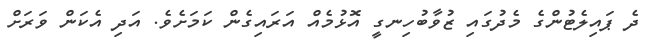
ދެ ޕައިލެޓުންގެ މެދުގައި ޒުވާބުހިނގީ އޮޅުމެއް އަރައިގެން ކަމަށެވެ. އަދި އެކަން ވަރަށް